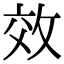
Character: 效